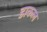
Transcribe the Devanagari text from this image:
डाकल